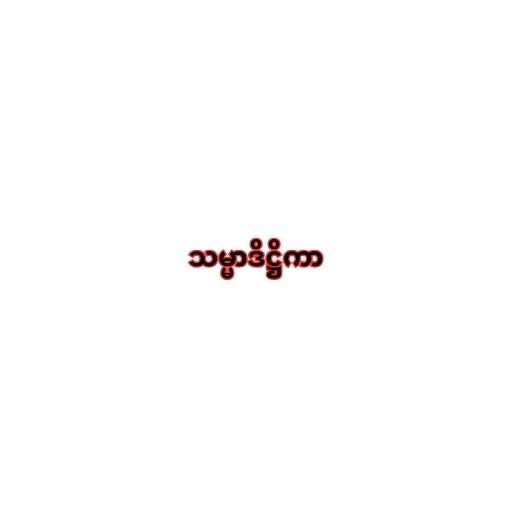
သမ္မာဒိဋ္ဌိကာ